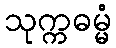
သုက္ကဓမ္မံ